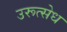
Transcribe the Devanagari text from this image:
उरूत्सेध